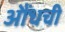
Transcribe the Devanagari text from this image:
औंधची